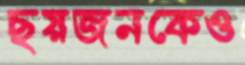
ছয়জনকেও